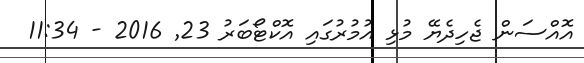
އޮއްސަން ޖެހިދެޔޭ މުޅި އުމުރުގައި އޮކްޓޯބަރު 23